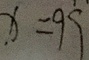
x = 9 9